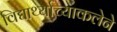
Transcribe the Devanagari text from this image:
विद्यार्थ्याच्याकलेने